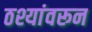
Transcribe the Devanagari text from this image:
ठश्यांवरून